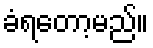
ခံရတော့မည်။